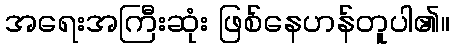
အရေးအကြီးဆုံး ဖြစ်နေဟန်တူပါ၏။